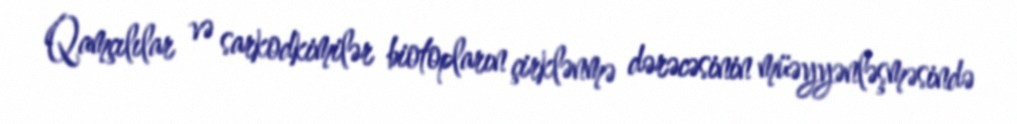
Qamçılılar və sarkodkimilər biotopların çirklənmə dərəcəsinin müəyyənləşməsində